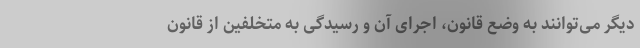
دیگر می‌توانند به وضع قانون، اجرای آن و رسیدگی به متخلفین از قانون